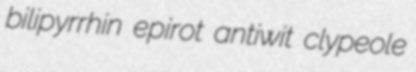
bilipyrrhin epirot antiwit clypeole